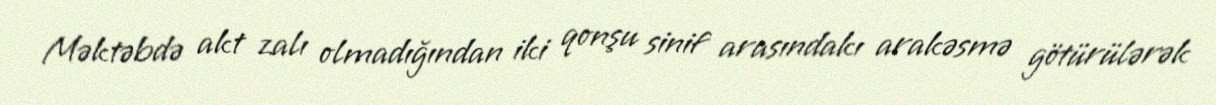
Məktəbdə akt zalı olmadığından iki qonşu sinif arasındakı arakəsmə götürülərək